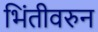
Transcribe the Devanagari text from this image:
भिंतीवरुन